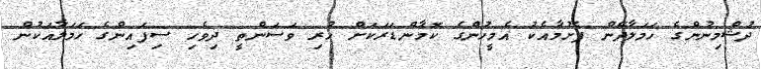
ދުޝްމިނުންގެ ހަމަލާދޭން ފެށުމާއެކު އެމީހުންގެ ކޮމާންޑަރަކަށް ހުރި ވަސަންތީ ދިވެހި ސިފައިންގެ ހަމަލާއަކުން